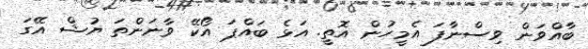
ބާއްވަން ވިސްނާފަ އެމީހުން އޮތީ. އަޅެ ބައްޕަ އޯކޭ ވާނަންތަ ޔުޝް އޭގަ